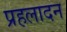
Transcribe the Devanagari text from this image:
प्रहलादन